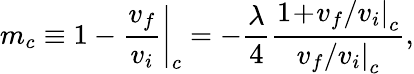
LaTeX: m_{c}\equiv 1-\left.\frac{v_{f}}{v_{i}}\right|_{c}=-\frac{\lambda}{4}\frac{1\! +\! \left.v_{f}/v_{i}\right|_{c}}{\left.v_{f}/v_{i}\right|_{c}},